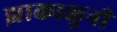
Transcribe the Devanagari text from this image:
झाकाळुनी